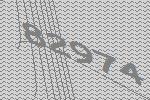
82974